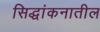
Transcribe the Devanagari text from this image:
सिद्धांकनातील